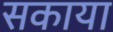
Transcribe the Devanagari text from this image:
सकाया